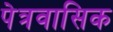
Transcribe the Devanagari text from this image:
पेत्रवासिक